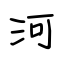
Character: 河